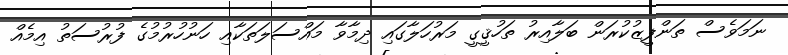
ނަމަވެސް ތަންފީޒުކުރަން ބަލާއިރު ތަހުޤީގީ މަރުހަލާގައި ދިމާވާ މައްސަލަތަކާއި ހަނުހުރުމުގެ ފުރުސަތު އިމެއް